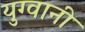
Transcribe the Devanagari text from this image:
युग्वानी